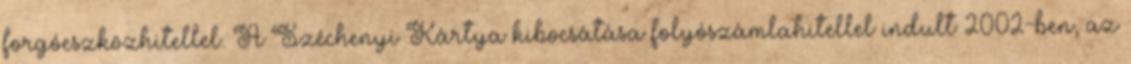
forgóeszközhitellel. A Széchenyi Kártya kibocsátása folyószámlahitellel indult 2002-ben, az